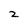
Character: 2